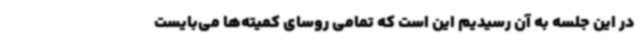
در این جلسه به آن رسیدیم این است که تمامی روسای کمیته‌ها می‌بایست